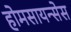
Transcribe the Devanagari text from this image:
होमसायन्सेस